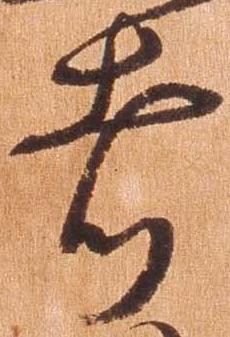
者